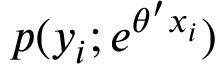
p ( y _ { i } ; e ^ { \theta ^ { \prime } x _ { i } } )